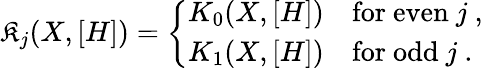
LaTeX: \mathfrak{K}_{j}(X,[H])=\left\{ \begin{array}{rl}{{K_{0}(X,[H])}}&{{\mathrm{for~even~}j\ ,}}\\ {{K_{1}(X,[H])}}&{{\mathrm{for~odd~}j\ .}}\end{array}\right.